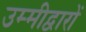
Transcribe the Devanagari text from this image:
उम्मीद्वारों